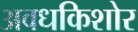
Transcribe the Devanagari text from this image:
अवधकिशोर